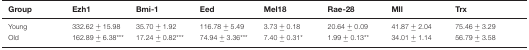
| Group | Ezh1 | Bmi-1 | Eed | Mel18 | Rae-28 | Mll | Trx |
 | --- | --- | --- | --- | --- | --- | --- | --- |
 | Young | 332.62 ± 15.98 | 35.70 ± 1.92 | 116.78 ± 5.49 | 3.73 ± 0.18 | 20.64 ± 0.09 | 41.87 ± 2.04 | 75.46 ± 3.29 |
 | Old | 162.89 ± 6.38*** | 17.24 ± 0.82*** | 74.94 ± 3.36*** | 7.40 ± 0.31* | 1.99 ± 0.13** | 34.01 ± 1.14 | 56.79 ± 3.58 |